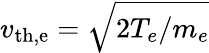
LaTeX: v_{\mathrm{th,e}}=\sqrt{2T_{e}/m_{e}}